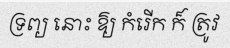
ទ្រព្យ នោះ ឱ្យ កំរើក ក៏ ត្រូវ